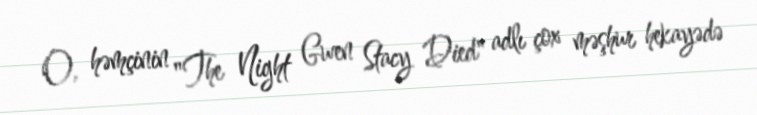
O, həmçinin "The Night Gwen Stacy Died" adlı çox məşhur hekayədə